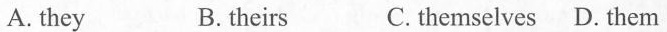
A. they B. theirs C. themselves D. them